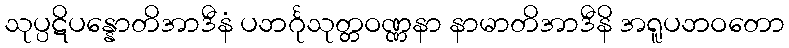
သုပ္ပဋိပန္နောတိအာဒီနံ ပဘင်္ဂုသုတ္တဝဏ္ဏနာ နာမာတိအာဒီနိ အရူပဘဝတော